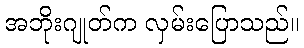
အဘိုးဂျုတ်က လှမ်းပြောသည်။